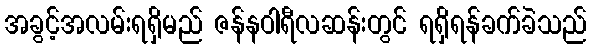
အခွင့်အလမ်းရရှိမည် ဇန်နဝါရီလဆန်းတွင် ရရှိရန်ခက်ခဲသည်